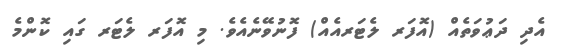
އެދި ދަޢުވަތެއް (އޮފަރ ލެޓަރއެއް) ފޮނުވޭނެއެވެ. މި އޮފަރ ލެޓަރ ގައި ކޮންމެ